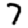
Digit: 7